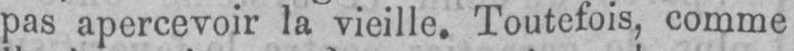
pas apercevoir la vieille. Toutefois, comme